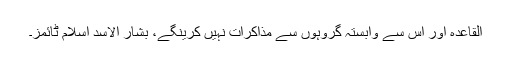
القاعدہ اور اس سے وابستہ گروہوں سے مذاکرات نہیں کرینگے، بشار الاسد اسلام ٹائمز۔